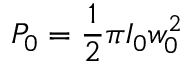
P _ { 0 } = { \frac { 1 } { 2 } } \pi I _ { 0 } w _ { 0 } ^ { 2 }